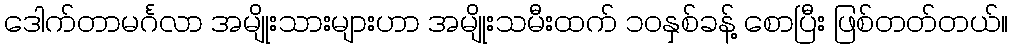
ဒေါက်တာမင်္ဂလာ အမျိုးသားများဟာ အမျိုးသမီးထက် ၁၀နှစ်ခန့် စောပြီး ဖြစ်တတ်တယ်။